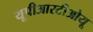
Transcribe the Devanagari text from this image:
यूपीआरटीओयू